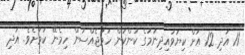
11 އަދި 12 އަށް ކިޔަވައިދިނުމުގެ ކަންކަން ހަމަޖެއްސުން ހިމެނޭ ކަމަށެވެ. އަދި